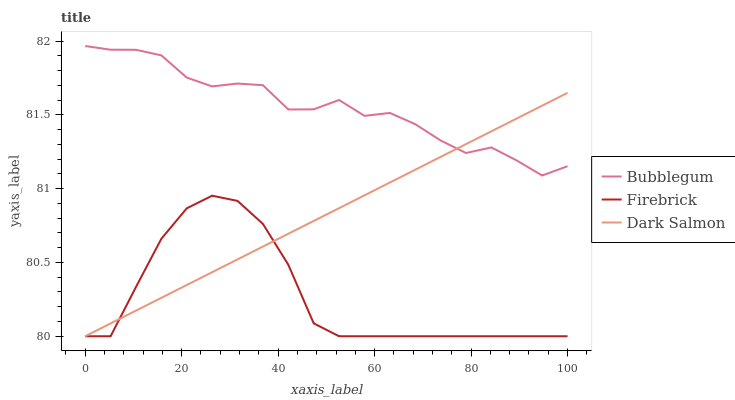
| xaxis_label | Bubblegum | Firebrick | Dark Salmon |
 | --- | --- | --- | --- |
 | 0 | 82 | 80 | 80 |
 | 5.26 | 81.9 | 80 | 80.1 |
 | 10.5 | 81.9 | 80.3 | 80.2 |
 | 15.8 | 81.9 | 80.7 | 80.3 |
 | 21.1 | 81.8 | 80.9 | 80.3 |
 | 26.3 | 81.7 | 81 | 80.4 |
 | 31.6 | 81.7 | 80.9 | 80.5 |
 | 36.8 | 81.7 | 80.8 | 80.6 |
 | 42.1 | 81.5 | 80.5 | 80.7 |
 | 47.4 | 81.5 | 80.1 | 80.8 |
 | 52.6 | 81.6 | 80 | 80.9 |
 | 57.9 | 81.5 | 80 | 81 |
 | 63.2 | 81.5 | 80 | 81 |
 | 68.4 | 81.4 | 80 | 81.1 |
 | 73.7 | 81.3 | 80 | 81.2 |
 | 78.9 | 81.2 | 80 | 81.3 |
 | 84.2 | 81.3 | 80 | 81.4 |
 | 89.5 | 81.2 | 80 | 81.5 |
 | 94.7 | 81.1 | 80 | 81.6 |
 | 100 | 81.2 | 80 | 81.6 |